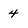
Character: 4